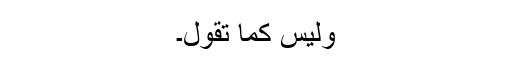
وليس كما تقول۔